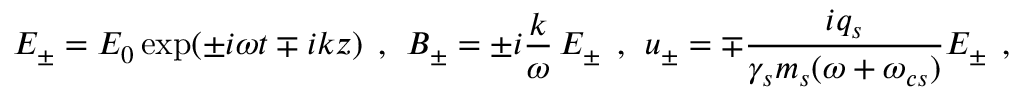
E _ { \pm } = E _ { 0 } \exp ( \pm i \omega t \mp i k z ) \, \; , \, \; B _ { \pm } = \pm i \frac { k } { \omega } \, E _ { \pm } \, \; , \, \; u _ { \pm } = \mp \frac { i q _ { s } } { \gamma _ { s } m _ { s } ( \omega + \omega _ { c s } ) } E _ { \pm } \; \, ,